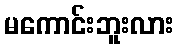
မကောင်းဘူးလား